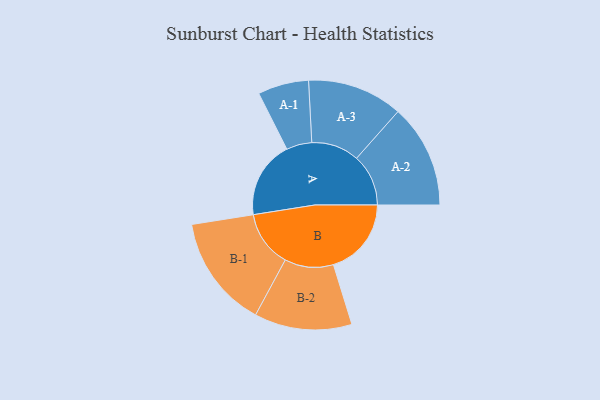
{"axis": {"x": "Segment", "y": "Value"}, "legend": ["", "A", "B"], "data": [{"x": "A", "y": 358, "type": ""}, {"x": "B", "y": 361, "type": ""}, {"x": "A-1", "y": 118, "type": "A"}, {"x": "A-2", "y": 240, "type": "A"}, {"x": "A-3", "y": 221, "type": "A"}, {"x": "B-1", "y": 261, "type": "B"}, {"x": "B-2", "y": 226, "type": "B"}]}